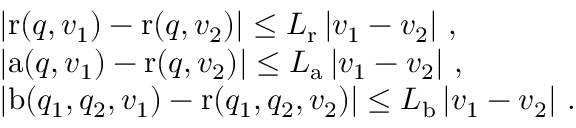
\begin{array} { r l } & { \left| \mathrm { r } ( q , v _ { 1 } ) - \mathrm { r } ( q , v _ { 2 } ) \right| \leq L _ { \mathrm { r } } \left| v _ { 1 } - v _ { 2 } \right| \, , } \\ & { \left| \mathrm { a } ( q , v _ { 1 } ) - \mathrm { r } ( q , v _ { 2 } ) \right| \leq L _ { \mathrm { a } } \left| v _ { 1 } - v _ { 2 } \right| \, , } \\ & { \left| \mathrm { b } ( q _ { 1 } , q _ { 2 } , v _ { 1 } ) - \mathrm { r } ( q _ { 1 } , q _ { 2 } , v _ { 2 } ) \right| \leq L _ { \mathrm { b } } \left| v _ { 1 } - v _ { 2 } \right| \, . } \end{array}